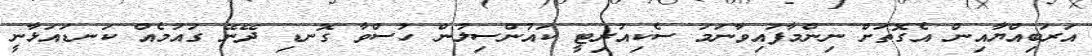
އަރަބިއްޔާއިން އެގޮތަށް ނިންމާފައިވާނަމަ ސެކިއުރިޓީ ކައުންސިލުން ހުސްވާ ގޮނޑި ދޭނޭ ގައުމެއް ކަނޑައަޅާނީ